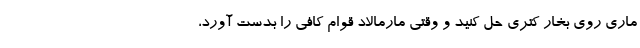
ماری روی بخار کتری حل کنید و وقتی مارمالاد قوام کافی را بدست آورد،